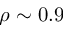
\rho \sim 0 . 9